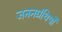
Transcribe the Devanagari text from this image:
जननग्रंथियाँ